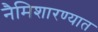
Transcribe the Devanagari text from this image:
नैमिशारण्यात